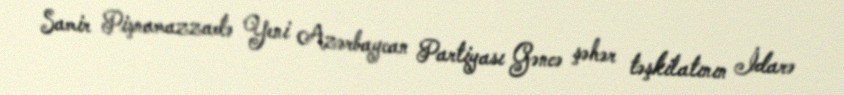
Samir Pişnamazzadə Yeni Azərbaycan Partiyası Gəncə şəhər təşkilatının İdarə